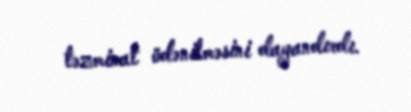
təzminat ödənilməsini dayandırdı.